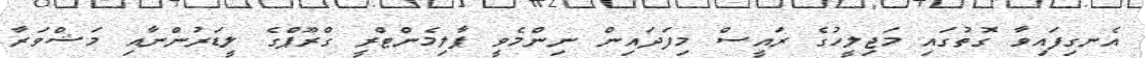
އެނގިފައިވާ ގޮތުގައި މަޖިލީހުގެ ރައީސް މިފަދައިން ނިންމެވީ ޕާލިމެންޓްރީ ގްރޫޕްގެ ލީޑަރުންނާއި މަޝްވަރާ